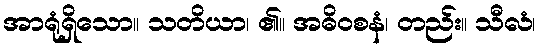
အာရုံရှိသော။ သတိယာ၊ ၏။ အဓိဝစနံ၊ တည်း။ သီလံ၊